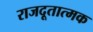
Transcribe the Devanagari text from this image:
राजदूतात्मक